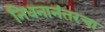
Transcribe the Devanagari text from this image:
निधनानंतरचा